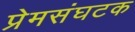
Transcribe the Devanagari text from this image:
प्रेमसंघटक